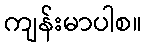
ကျန်းမာပါစ။